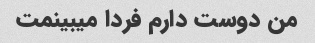
من دوست دارم فردا میبینمت